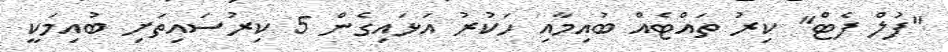
"ފުލް ފެޓް" ކިރު ތައްޓެއް ބުއިމާއި ހަކުރު އަޅައިގެން 5 ކިރުސައިތަށި ބުއިމަކީ